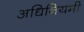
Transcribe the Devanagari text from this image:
अधिनियमी